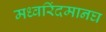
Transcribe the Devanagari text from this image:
मध्वरिंदमानघ